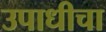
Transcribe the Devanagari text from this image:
उपाधीचा